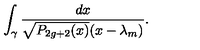
\int _ { \gamma } { \frac { d x } { \sqrt { P _ { 2 g + 2 } ( x ) } ( x - \lambda _ { m } ) } } .